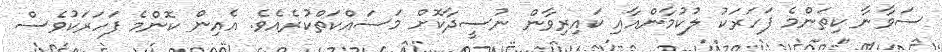
ސަވާނާ ކިތަންމެ ފަހަރަކު ލުކުމާންއާއި ކައިރިވާން ނުސީދާކޮށް މަސައްކަތްކުރެއެވެ. އެއިން ކޮންމެ ފަހަރަކުވެސް